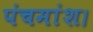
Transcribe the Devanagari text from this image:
पंचमांश।